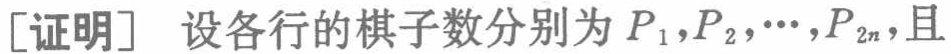
[证明] 设各行的棋子数分别为 \(P_1,P_2,\cdots,P_{2n}\)，且